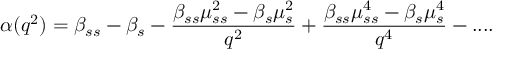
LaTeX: \alpha ( q ^ { 2 } ) = \beta _ { s s } - \beta _ { s } - \frac { \beta _ { s s } \mu _ { s s } ^ { 2 } - \beta _ { s } \mu _ { s } ^ { 2 } } { q ^ { 2 } } + \frac { \beta _ { s s } \mu _ { s s } ^ { 4 } - \beta _ { s } \mu _ { s } ^ { 4 } } { q ^ { 4 } } - . . . .